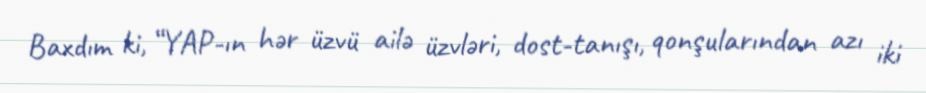
Baxdım ki, “YAP-ın hər üzvü ailə üzvləri, dost-tanışı, qonşularından azı iki